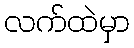
လက်ထဲမှာ